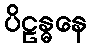
ပိဠန္ဓနေ